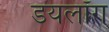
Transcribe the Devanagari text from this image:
डयलॉग